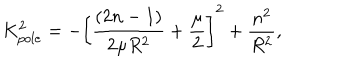
LaTeX: K _ { p o l e } ^ { 2 } = - \left[ \frac { ( 2 n - 1 ) } { 2 \mu R ^ { 2 } } + \frac { \mu } { 2 } \right] ^ { 2 } + \frac { n ^ { 2 } } { R ^ { 2 } } ,